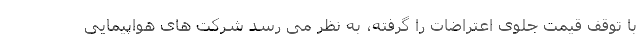
با توقف قیمت جلوی اعتراضات را گرفته، به نظر می رسد شرکت های هواپیمایی